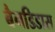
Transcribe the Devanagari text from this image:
बैनडिडास